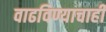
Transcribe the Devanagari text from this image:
वाढविण्याचाही